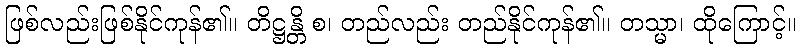
ဖြစ်လည်းဖြစ်နိုင်ကုန်၏။ တိဋ္ဌန္တိ စ၊ တည်လည်း တည်နိုင်ကုန်၏။ တသ္မာ၊ ထိုကြောင့်။